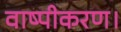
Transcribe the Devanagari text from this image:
वाष्पीकरण।